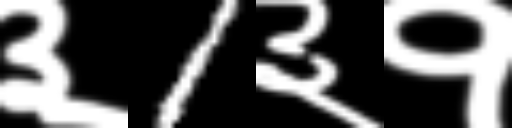
Text: ३1३१